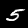
Label: 5